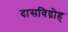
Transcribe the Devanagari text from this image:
दासविद्रोह